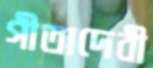
গীতাদেবী